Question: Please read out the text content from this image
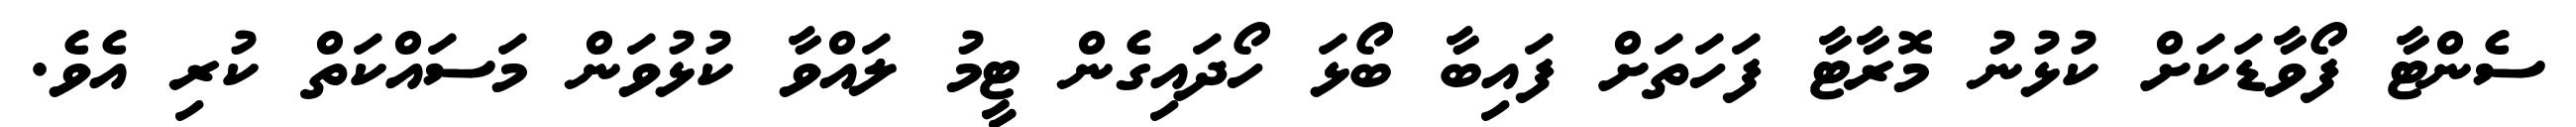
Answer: ސެންޓާ ފޯވާޑަކަށް ކުޅުނު މޮރާޓާ ފަހަތަށް ފައިބާ ބޯޅަ ހޯދައިގެން ޓީމު ލައްވާ ކުޅުވަން މަސައްކަތް ކުރި އެވެ.